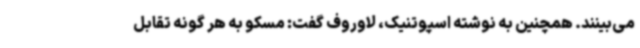
می‌بینند. همچنین به نوشته اسپوتنیک، لاوروف گفت: مسکو به هر گونه تقابل